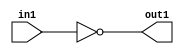
`timescale 1ps / 1ps
/*****************************************************************************
    Verilog RTL Description
    
    
    Created by: CellMath Designer 2019.1.01 
*******************************************************************************/

module DFT_compute_Equal_1U_10_4_0 (
	in1,
	out1
	); /* architecture "behavioural" */ 
input [7:0] in1;
output  out1;
wire  asc001;

assign asc001 = (13'B0000000000000==in1);

assign out1 = asc001;
endmodule

/* CADENCE  urjySwg= : u9/ySgnWtBlWxVPRXgAZ4Og= ** DO NOT EDIT THIS LINE ******/